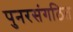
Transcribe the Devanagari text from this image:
पुनरसंगठित